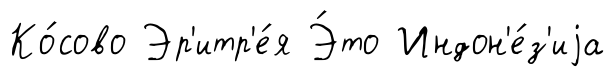
Ко́сово Эр'итр'е́я Э́то Индон'е́з'иjа